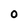
Character: O